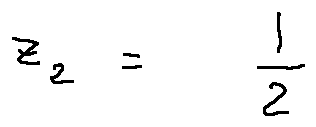
z _ { 2 } = \frac { 1 } { 2 }